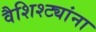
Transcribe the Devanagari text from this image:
वैशिश्ट्यांना